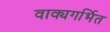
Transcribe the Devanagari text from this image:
वाक्यगर्भित